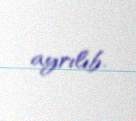
ayrılıb.